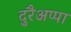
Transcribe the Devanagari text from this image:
दुरैअप्पा